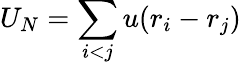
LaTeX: U_{N}=\sum_{i<j}u(r_{i}-r_{j})